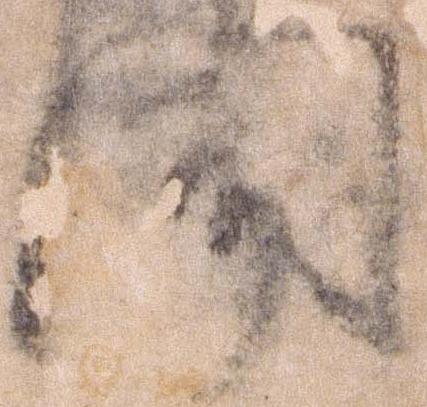
聞